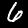
Digit: 6